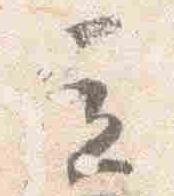
立